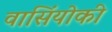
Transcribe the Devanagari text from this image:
वासिंयोकी